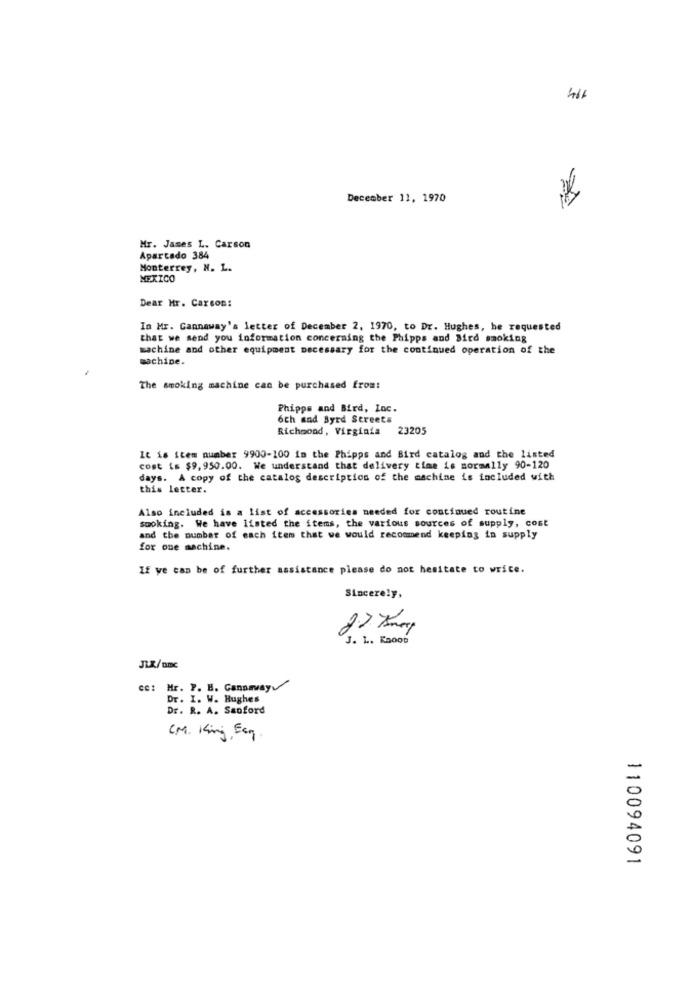
December 11, 1970
Mr. James L. Carson
Apartado 384
Monterrey, N. L.
MEXICO
Dear Mr. Carson:
In Mr. Cannaway's letter of December 2, 1970, to Dr. Hughes, he requested
that we send you information concerning the Phipps and Bird smoking
machine and other equipment necessary for the continued operation of the
machine.
The smoking machine can be purchased from:
Phipps and Bird, Inc.
6th and Byrd Streets
Richmond, Virginia
23205
It is item number 9900-100 in the Phipps and Bird catalog and the listed
cost is $9,950.00. We understand that delivery time is normally 90-120
days. A copy of the catalog description of the machine is included with
this letter.
Also included is a list of accessories needed for continued routine
sooking. We have listed the items, the various sources of supply, cost
and the number of each item that we would recommend keeping in supply
for one machine.
If we can be of further assistance please do not hesitate to wrice.
Sincerely,
J. L. K2000
JLX/ DIC
cc: Mr. F. H. Cannaway
Dr. I. W. Hughes
Dr. R. A. Sanford
CM. King, Esq.
110094091